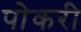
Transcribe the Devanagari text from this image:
पोकरी